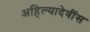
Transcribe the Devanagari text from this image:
अहिल्यादेवींस